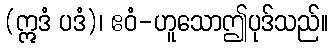
(ဣဒံ ပဒံ)၊ ဧဝံ-ဟူသောဤပုဒ်သည်။